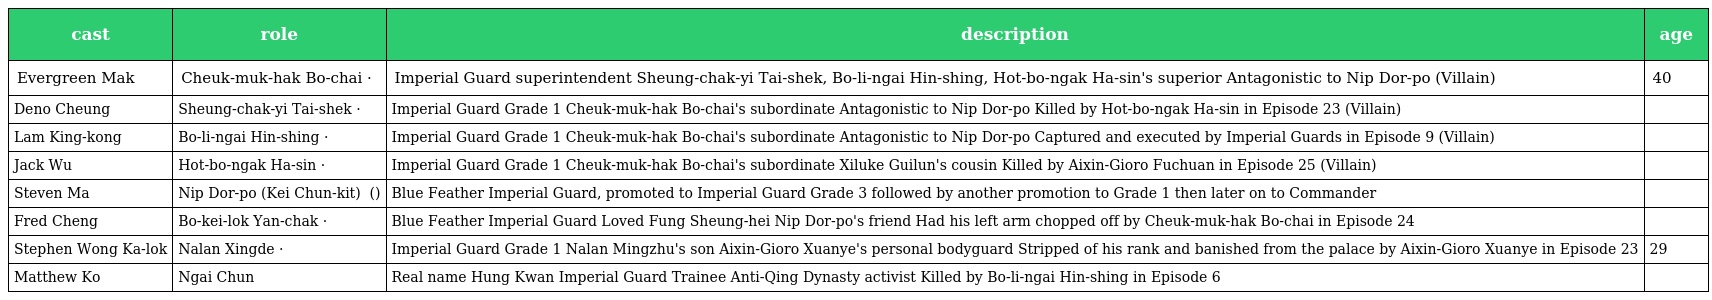
| cast | role | description | age |
 | --- | --- | --- | --- |
 | Evergreen Mak | Cheuk-muk-hak Bo-chai 卓木克·布齊 | Imperial Guard superintendent Sheung-chak-yi Tai-shek, Bo-li-ngai Hin-shing, Hot-bo-ngak Ha-sin's superior Antagonistic to Nip Dor-po (Villain) | 40 |
 | Deno Cheung | Sheung-chak-yi Tai-shek 尚澤爾·泰石 | Imperial Guard Grade 1 Cheuk-muk-hak Bo-chai's subordinate Antagonistic to Nip Dor-po Killed by Hot-bo-ngak Ha-sin in Episode 23 (Villain) |  |
 | Lam King-kong | Bo-li-ngai Hin-shing 布里雅·憲承 | Imperial Guard Grade 1 Cheuk-muk-hak Bo-chai's subordinate Antagonistic to Nip Dor-po Captured and executed by Imperial Guards in Episode 9 (Villain) |  |
 | Jack Wu | Hot-bo-ngak Ha-sin 渴布額·哈善 | Imperial Guard Grade 1 Cheuk-muk-hak Bo-chai's subordinate Xiluke Guilun's cousin Killed by Aixin-Gioro Fuchuan in Episode 25 (Villain) |  |
 | Steven Ma | Nip Dor-po (Kei Chun-kit) 聶多寶 (祈俊傑) | Blue Feather Imperial Guard, promoted to Imperial Guard Grade 3 followed by another promotion to Grade 1 then later on to Commander |  |
 | Fred Cheng | Bo-kei-lok Yan-chak 布奇諾·恩澤 | Blue Feather Imperial Guard Loved Fung Sheung-hei Nip Dor-po's friend Had his left arm chopped off by Cheuk-muk-hak Bo-chai in Episode 24 |  |
 | Stephen Wong Ka-lok | Nalan Xingde 納蘭·性德 | Imperial Guard Grade 1 Nalan Mingzhu's son Aixin-Gioro Xuanye's personal bodyguard Stripped of his rank and banished from the palace by Aixin-Gioro Xuanye in Episode 23 | 29 |
 | Matthew Ko | Ngai Chun 倪俊 | Real name Hung Kwan Imperial Guard Trainee Anti-Qing Dynasty activist Killed by Bo-li-ngai Hin-shing in Episode 6 |  |